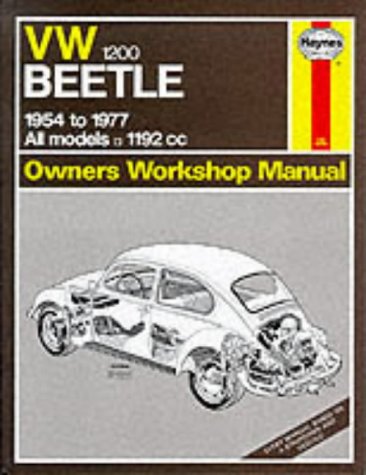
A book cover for Volkswagen Beetle 1200 1954-77 Owner's Workshop Manual (Service & Repair Manuals); J.H. Haynes; Engineering & Transportation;